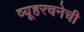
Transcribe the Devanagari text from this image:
व्यूहरचनेची